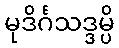
မုဒိင်္ဂသဒ္ဒမ္ပိ